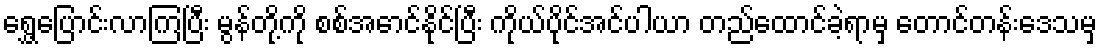
ရွှေ့ပြောင်းလာကြပြီး မွန်တို့ကို စစ်အောင်နိုင်ပြီး ကိုယ်ပိုင်အင်ပါယာ တည်ထောင်ခဲ့ရာမှ တောင်တန်းဒေသမှ